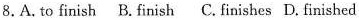
8.A. to finish B. finish C. finishes D. finished